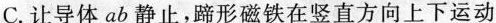
C. 让导体 ab 静止，蹄形磁铁在竖直方向上下运动